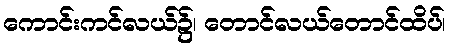
ကောင်းကင်လယ်၌၊ တောင်လယ်တောင်ထိပ်၊